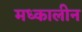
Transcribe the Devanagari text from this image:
मध्कालीन